画像に写った文字を読んでください
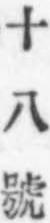
「十八號」と書いてあります